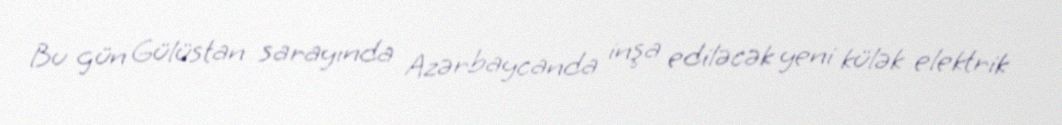
Bu gün Gülüstan sarayında Azərbaycanda inşa ediləcək yeni külək elektrik